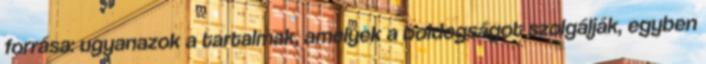
forrása: ugyanazok a tartalmak, amelyek a boldogságot szolgálják, egyben